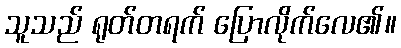
သူသည် ရုတ်တရက် ပြောလိုက်လေ၏။